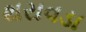
થરાવડા